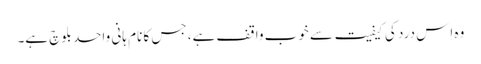
وہ اِس درد کی کیفیت سے خوب واقف ہے، جس کا نام ہانی واحد بلوچ ہے۔